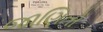
જાણિતો